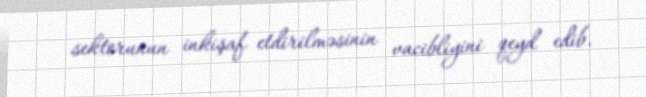
sektorunun inkişaf etdirilməsinin vacibliyini qeyd edib.